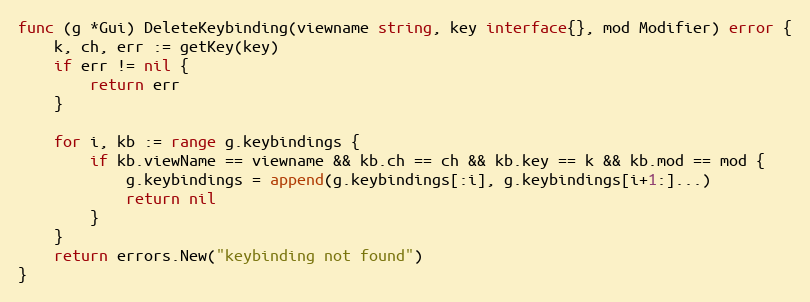
Language: Go
func (g *Gui) DeleteKeybinding(viewname string, key interface{}, mod Modifier) error {
	k, ch, err := getKey(key)
	if err != nil {
		return err
	}

	for i, kb := range g.keybindings {
		if kb.viewName == viewname && kb.ch == ch && kb.key == k && kb.mod == mod {
			g.keybindings = append(g.keybindings[:i], g.keybindings[i+1:]...)
			return nil
		}
	}
	return errors.New("keybinding not found")
}